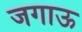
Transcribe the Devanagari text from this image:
जगाऊ